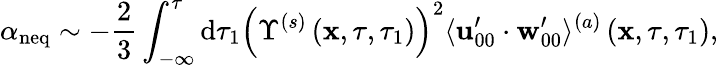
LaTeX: \alpha_{\mathrm{neq}}\sim-\frac{2}{3}\int_{-\infty}^{\tau}\mathrm{d}\tau_{1}\left(\Upsilon^{(s)}\left(\mathbf{x},\tau,\tau_{1}\right)\right)^{2}\langle\mathbf{u}_{00}^{\prime}\cdot\mathbf{w}_{00}^{\prime}\rangle^{(a)}\left(\mathbf{x},\tau,\tau_{1}\right),